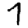
Digit: 7